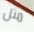
مثل